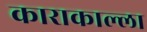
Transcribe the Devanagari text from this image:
काराकाल्ला